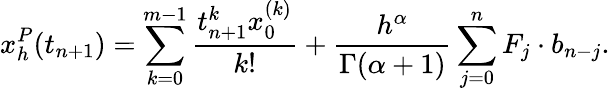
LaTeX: x_{h}^{P}(t_{n+1})=\sum_{k=0}^{m-1}\frac{t_{n+1}^{k}x_{0}^{(k)}}{k!}+\frac{h^{\alpha}}{\Gamma(\alpha+1)}\sum_{j=0}^{n}F_{j}\cdot b_{n-j}.